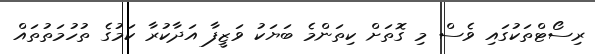
ރިސޯޓްތަކުގައި ވެސް މި ގޮތަށް ކިތަންމެ ބަޔަކު ވަޒީފާ އަދާކުރާ ކަމުގެ ތުހުމަތުތައް